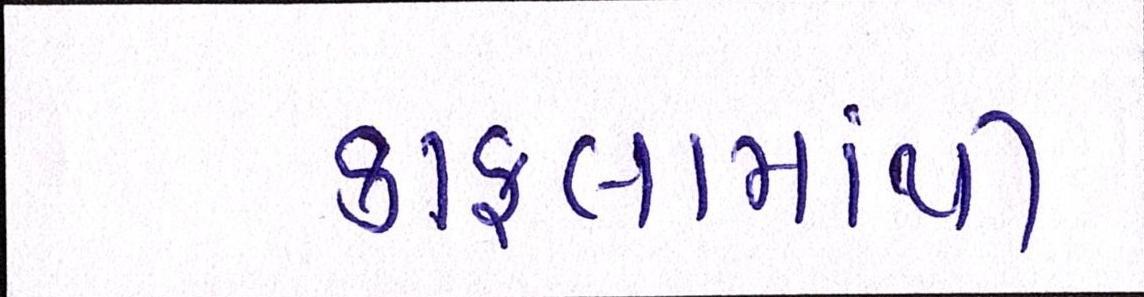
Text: કાફલામાંથી